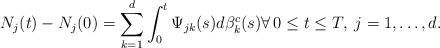
LaTeX: \begin{align*} N_j(t)-N_j(0)=\sum_{k=1}^d\int_0^t\Psi_{jk}(s)d\beta^c_k(s) \forall \, 0\le t \le T, \; j=1,\dots,d. \end{align*}